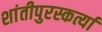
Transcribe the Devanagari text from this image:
शांतीपुरस्कर्त्या